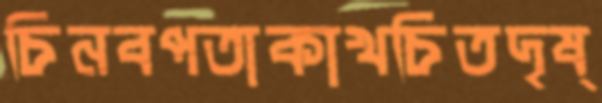
চিনবপতাকাখচিতদৃষ্